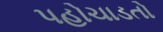
પહોચાડતો